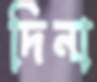
দিনা